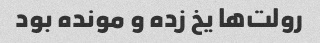
رولت‌ها یخ زده و مونده بود